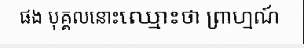
ផង បុគ្គលនោះឈ្មោះថា ព្រាហ្មណ៍